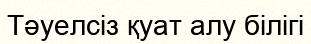
Тәуелсіз қуат алу білігі